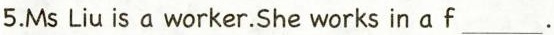
5.Ms Liu is a worker. She works in a f ___ .